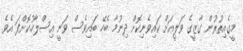
މީގެއިތުރުން ގާޒީގެ ވަލީއަށް ކައިވެނިކޮށް ދިނުމާ ބެހޭ ބައިވެސް ވަނީ އިސްލާހުކޮށްފަ އެވެ.